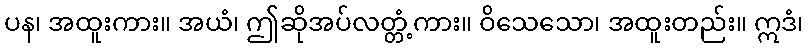
ပန၊ အထူးကား။ အယံ၊ ဤဆိုအပ်လတ္တံ့ကား။ ဝိသေသော၊ အထူးတည်း။ ဣဒံ၊